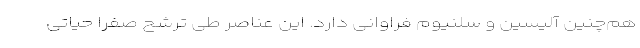
هم‌چنین آلیسین و سلنیوم فراوانی دارد. این عناصر طی ترشح صفرا حیاتی